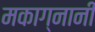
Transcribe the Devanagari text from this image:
मकाग्नानी